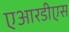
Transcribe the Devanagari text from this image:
एआरडीएस